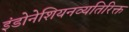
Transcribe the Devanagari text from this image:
इंडोनेशियनव्यतिरिक्त